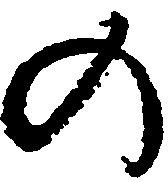
の